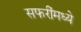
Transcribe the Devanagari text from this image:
सफरींमध्ये